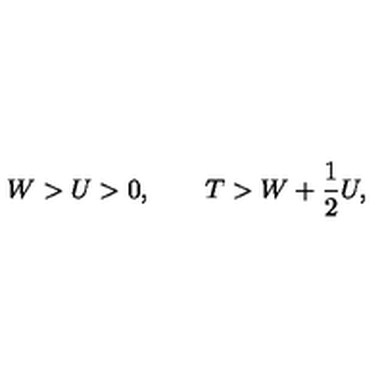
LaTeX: W > U > 0 , \qquad T > W + \frac { 1 } { 2 } U ,